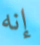
إنه